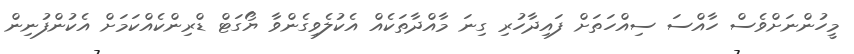
މީހުންނަށްވެސް ހާއްސަ ސިއްހަތަށް ފައިދާހުރި ގިނަ މާއްދާތަކެއް އެކުލެވިގެންވާ ޔޯގަޓް ޑްރިންކެއްކަމަށް އެކުންފުނިން